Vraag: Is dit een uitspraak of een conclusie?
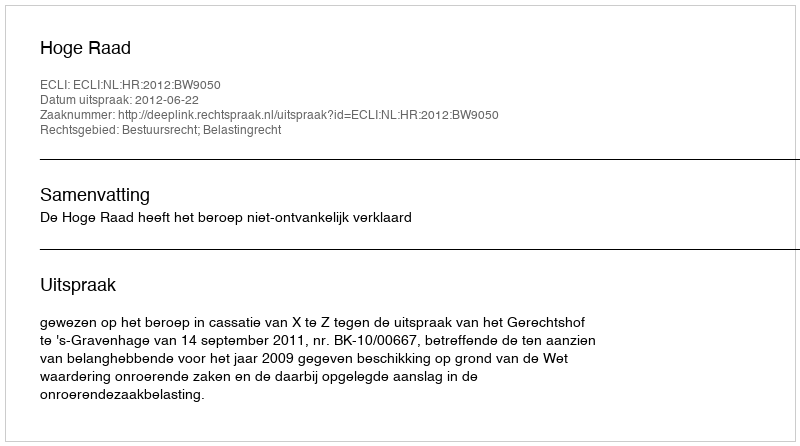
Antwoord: Uitspraak